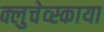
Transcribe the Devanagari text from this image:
क्लुचेव्स्काया